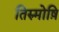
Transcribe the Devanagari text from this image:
तिरुमोष़ि